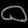
Digit: ၀